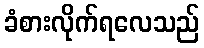
ခံစားလိုက်ရလေသည်